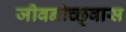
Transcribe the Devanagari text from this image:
जीवनोच्छ्वास